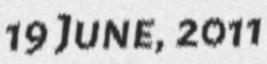
19 June, 2011